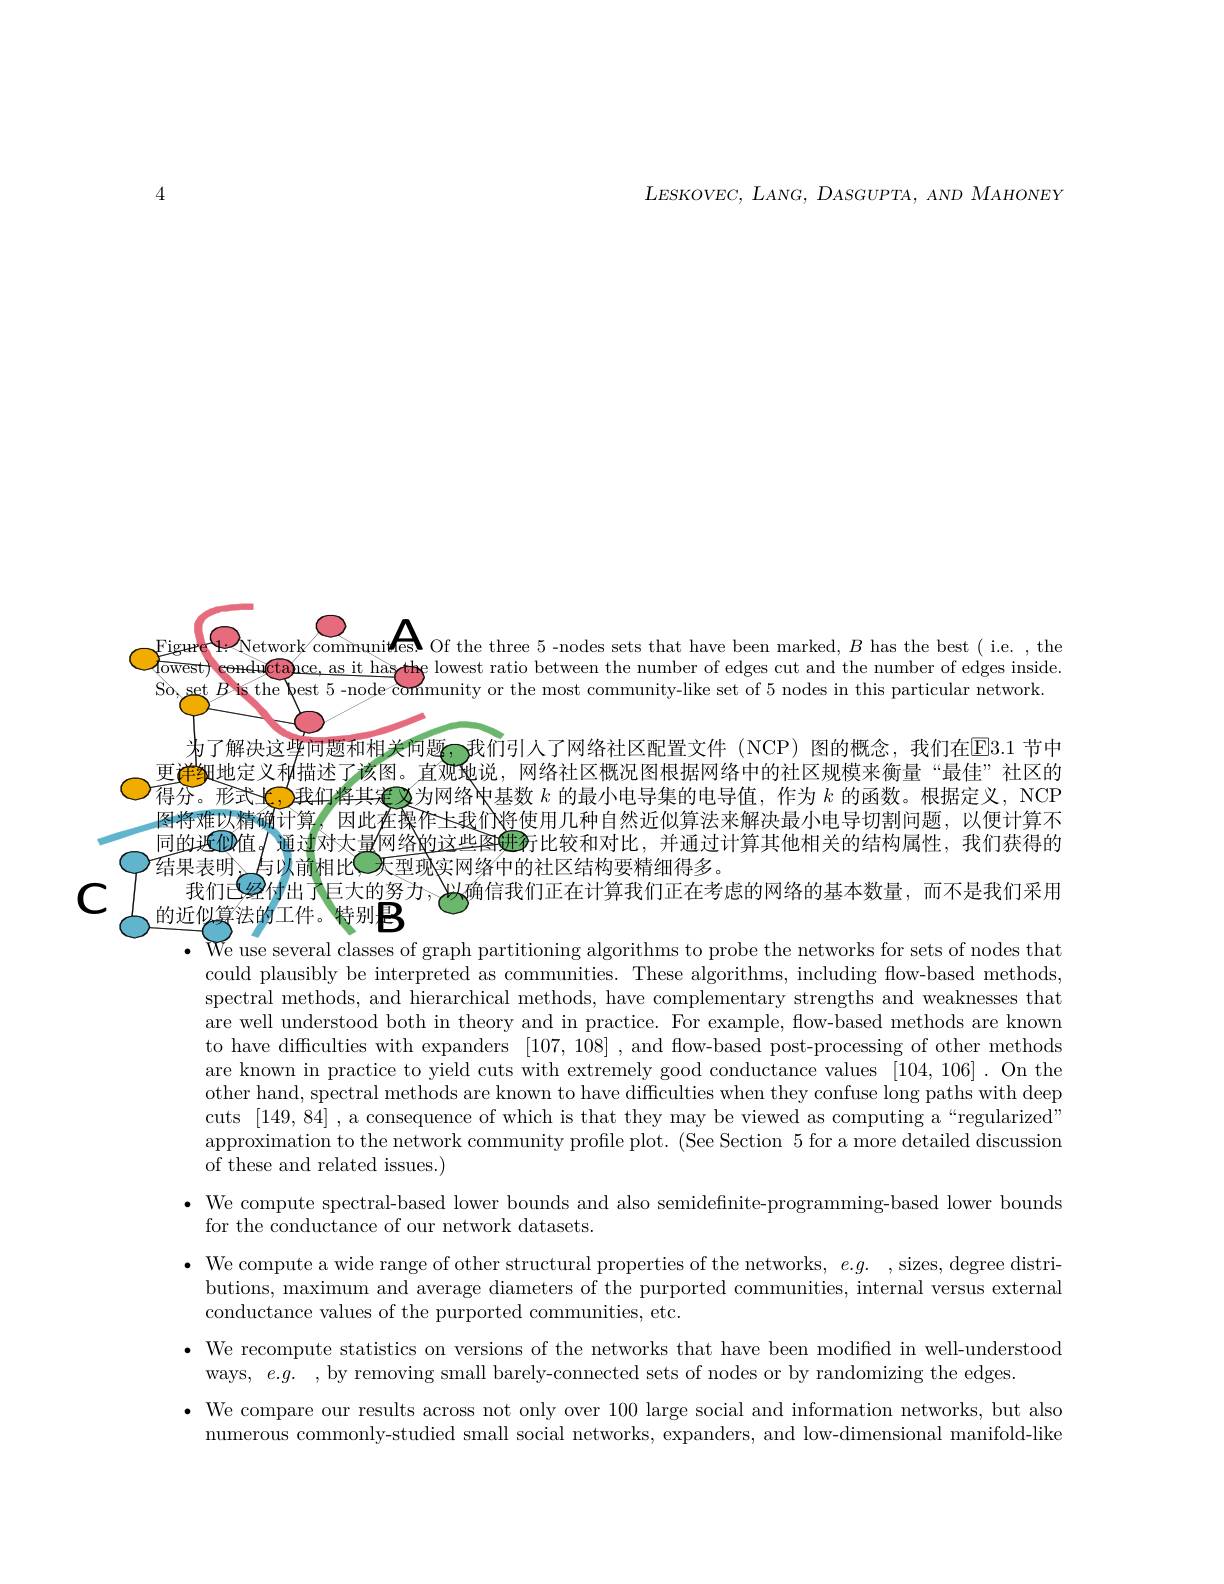
$LESKOVEC$, $LANG$, $DASGUPTA$, $AND$ $MAHONEY$

4

$\textbf{( }$

Network communiwes Of the three 5 -nodes sets that have been marked, $B$ has the best( i.e. , the
$Figur($
1owest) conductance,as it has
lowest ratio between the number of edges cut and the number of edges inside.
So. set $B$
the best 5 -node community or the most community-like set of 5 nodes in this particular network.
为了解决这些问题和相关问题$\varsigma$一我们引人了网络社区配置文件(NCP)图的概念，我们在E3.1 节中更$i\textbf{学 红 地 定 义 利 描 述 了 该 图 。直 观 地 说 , 网 络 社 区 概 况 图 根 据 网 络 中 的 社 区 规 模 来 衡 量 “ 最 佳 ” 社 区 的 }$ 得分。形式C，我们将其定义为网络中基数$k$的最小电导集的电导值，作为$k$的函数。根据定义，NCP 图将难以精确计算，因此在操作上我们将使用几种自然近似算法来解决最小电导切割问题，以便计算不同的近似值$q$ 通过对太量网络的这些图姆牙比较和对比，并通过计算其他相关的结构属性，我们获得的$)_{\text{结果表明、与以前相比入型现实网络中的社区结构要精细得多}}$
我们已经付出了巨大的努力，入以确信我们正在计算我们正在考虑的网络的基本数量，而不是我们采用
的近似算法的工件。特别$B$

$\begin{aligned}\text{We use several classes of graph partitioning algorithms to probe the networks for sets of nodes that}\\\text{We use several classes of graph partitioning algorithms to probe the networks for sets of nodex that}\end{aligned}$ could plausibly be interpreted as communities. These algorithms, including flow-based methods, spectral methods, and hierarchical methods, have complementary strengths and weaknesses that are well understood both in theory and in practice. For example, flow-based methods are known to have difficulties with expanders [107,108] ,and flow-based post-processing of other methods are known in practice to yield cuts with extremely good conductance values [104,106]. On the other hand, spectral methods are known to have difficulties when they confuse long paths with deep cuts [149,84] ,a consequence of which is that they may be viewed as computing a“regularized” approximation to the network community profile plot. (See Section 5 for a more detailed discussion of these and related issues.)
$\bullet$ We compute spectral-based lower bounds and also semidefinite-programming-based lower bounds
for the conductance of our network datasets.
$\bullet$ We compute a wide range of other structural properties of the networks, $e. g.$ ,sizes, degree distri-
butions, maximum and average diameters of the purported communities, internal versus external
conductance values of the purported communities, etc.
$\cdot$ We recompute statistics on versions of the networks that have been modified in well-understood
ways, $e. g.$ , by removing small barely-connected sets of nodes or by randomizing the edges.
$\bullet$ We compare our results across not only over 100 large social and information networks, but also
numerous commonly-studied small social networks, expanders, and low-dimensional manifold-like